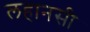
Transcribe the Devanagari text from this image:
लहानसी